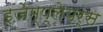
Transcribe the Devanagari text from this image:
इजेम्प्लेयर्स